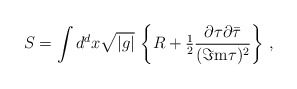
\begin{align*}S = \int d^{d}x \sqrt{|g|}\,\left\{R +{\textstyle\frac{1}{2}}\frac{\partial\tau\partial\bar{\tau}}{(\Im {\rm m} \tau)^{2}}\right\}\, ,\end{align*}